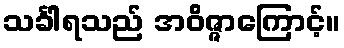
သင်္ခါရသည် အဝိဇ္ဇာကြောင့်။